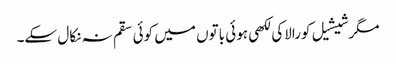
مگرشیشیل کورالاکی لکھی ہوئی باتوں میں کوئی سقم نہ نکال سکے۔